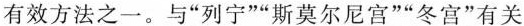
有效方法之一。与”列宁””斯莫尔尼宫””冬宫”有关